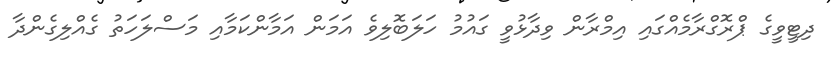
ދިޓީވީގެ ޕްރޮގްރާމެއްގައި އިމްރާން ވިދާޅުވީ ގައުމު ހަލަބޮލިވެ އަމަން އަމާންކަމާއި މަސްލަހަތު ގެއްލިގެންދާ